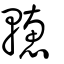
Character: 𨎥